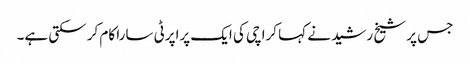
جس پر شیخ رشید نے کہا کراچی کی ایک پراپرٹی سارا کام کر سکتی ہے۔